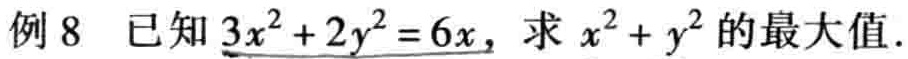
例 8 已知$3x^{2}+2y^{2}=6x$，求$x^{2}+y^{2}$的最大值.